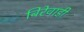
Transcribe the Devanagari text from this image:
बिरेवाडी